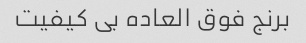
برنج فوق العاده بی کیفیت